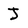
Character: J